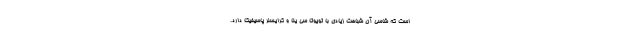
است که شاسی آن شباهت زیادی با تویوتا سی ینا و کرایسلر پاسیفیکا دارد.